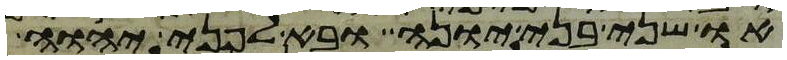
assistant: או שני בני יונה ובא לפני יהוה